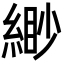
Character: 緲